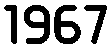
1967